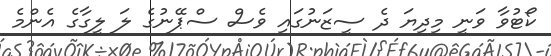
ކޯޓުވާ ވަނީ މިދިޔަ ދެ ސީޒަނުގައި ވެސް ސްޕޭނުގެ ލަ ލީގާގެ އެންމެ